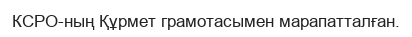
КСРО-ның Құрмет грамотасымен марапатталған.